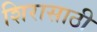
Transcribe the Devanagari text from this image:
शिरासाठी